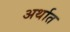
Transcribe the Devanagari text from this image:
अर्थात